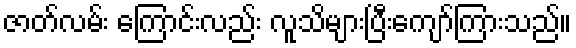
ဇာတ်လမ်း ကြောင်းလည်း လူသိများပြီးကျော်ကြားသည်။